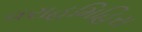
વરાહમિહિરા